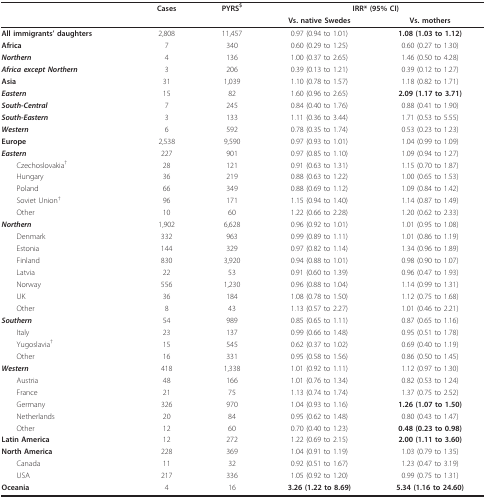
<table><thead><tr><td></td><td><b>Cases</b></td><td><b>PYRS<sup>$</sup></b></td><td colspan="2"><b>IRR* (95% CI)</b></td></tr><tr><td></td><td></td><td></td><td><b>Vs. native Swedes</b></td><td><b>Vs. mothers</b></td></tr></thead><tbody><tr><td><b>All immigrants&#x27; daughters</b></td><td>2,808</td><td>11,457</td><td>0.97 (0.94 to 1.01)</td><td><b>1.08 (1.03 to 1.12)</b></td></tr><tr><td><b>Africa</b></td><td>7</td><td>340</td><td>0.60 (0.29 to 1.25)</td><td>0.60 (0.27 to 1.30)</td></tr><tr><td><b><i>Northern </i></b></td><td>4</td><td>136</td><td>1.00 (0.37 to 2.65)</td><td>1.46 (0.50 to 4.28)</td></tr><tr><td><b><i>Africa except Northern</i></b></td><td>3</td><td>206</td><td>0.39 (0.13 to 1.21)</td><td>0.39 (0.12 to 1.27)</td></tr><tr><td><b>Asia</b></td><td>31</td><td>1,039</td><td>1.10 (0.78 to 1.57)</td><td>1.18 (0.82 to 1.71)</td></tr><tr><td><b><i>Eastern </i></b></td><td>15</td><td>82</td><td>1.60 (0.96 to 2.65)</td><td><b>2.09 (1.17 to 3.71)</b></td></tr><tr><td><b><i>South-Central </i></b></td><td>7</td><td>245</td><td>0.84 (0.40 to 1.76)</td><td>0.88 (0.41 to 1.90)</td></tr><tr><td><b><i>South-Eastern </i></b></td><td>3</td><td>133</td><td>1.11 (0.36 to 3.44)</td><td>1.71 (0.53 to 5.55)</td></tr><tr><td><b><i>Western </i></b></td><td>6</td><td>592</td><td>0.78 (0.35 to 1.74)</td><td>0.53 (0.23 to 1.23)</td></tr><tr><td><b>Europe</b></td><td>2,538</td><td>9,590</td><td>0.97 (0.93 to 1.01)</td><td>1.04 (0.99 to 1.09)</td></tr><tr><td><b><i>Eastern </i></b></td><td>227</td><td>901</td><td>0.97 (0.85 to 1.10)</td><td>1.09 (0.94 to 1.27)</td></tr><tr><td> Czechoslovakia<sup>†</sup></td><td>28</td><td>121</td><td>0.91 (0.63 to 1.31)</td><td>1.15 (0.70 to 1.87)</td></tr><tr><td> Hungary</td><td>36</td><td>219</td><td>0.88 (0.63 to 1.22)</td><td>1.00 (0.65 to 1.53)</td></tr><tr><td> Poland</td><td>66</td><td>349</td><td>0.88 (0.69 to 1.12)</td><td>1.09 (0.84 to 1.42)</td></tr><tr><td> Soviet Union<sup>†</sup></td><td>96</td><td>171</td><td>1.15 (0.94 to 1.40)</td><td>1.14 (0.87 to 1.49)</td></tr><tr><td> Other</td><td>10</td><td>60</td><td>1.22 (0.66 to 2.28)</td><td>1.20 (0.62 to 2.33)</td></tr><tr><td><b><i>Northern </i></b></td><td>1,902</td><td>6,628</td><td>0.96 (0.92 to 1.01)</td><td>1.01 (0.95 to 1.08)</td></tr><tr><td> Denmark</td><td>332</td><td>963</td><td>0.99 (0.89 to 1.11)</td><td>1.01 (0.86 to 1.19)</td></tr><tr><td> Estonia</td><td>144</td><td>329</td><td>0.97 (0.82 to 1.14)</td><td>1.34 (0.96 to 1.89)</td></tr><tr><td> Finland</td><td>830</td><td>3,920</td><td>0.94 (0.88 to 1.01)</td><td>0.98 (0.90 to 1.07)</td></tr><tr><td> Latvia</td><td>22</td><td>53</td><td>0.91 (0.60 to 1.39)</td><td>0.96 (0.47 to 1.93)</td></tr><tr><td> Norway</td><td>556</td><td>1,230</td><td>0.96 (0.88 to 1.04)</td><td>1.14 (0.99 to 1.31)</td></tr><tr><td> UK</td><td>36</td><td>184</td><td>1.08 (0.78 to 1.50)</td><td>1.12 (0.75 to 1.68)</td></tr><tr><td> Other</td><td>8</td><td>43</td><td>1.13 (0.57 to 2.27)</td><td>1.01 (0.46 to 2.21)</td></tr><tr><td><b><i>Southern </i></b></td><td>54</td><td>989</td><td>0.85 (0.65 to 1.11)</td><td>0.87 (0.65 to 1.16)</td></tr><tr><td> Italy</td><td>23</td><td>137</td><td>0.99 (0.66 to 1.48)</td><td>0.95 (0.51 to 1.78)</td></tr><tr><td> Yugoslavia<sup>†</sup></td><td>15</td><td>545</td><td>0.62 (0.37 to 1.02)</td><td>0.69 (0.40 to 1.19)</td></tr><tr><td> Other</td><td>16</td><td>331</td><td>0.95 (0.58 to 1.56)</td><td>0.86 (0.50 to 1.45)</td></tr><tr><td><b><i>Western </i></b></td><td>418</td><td>1,338</td><td>1.01 (0.92 to 1.11)</td><td>1.12 (0.97 to 1.30)</td></tr><tr><td> Austria</td><td>48</td><td>166</td><td>1.01 (0.76 to 1.34)</td><td>0.82 (0.53 to 1.24)</td></tr><tr><td> France</td><td>21</td><td>75</td><td>1.13 (0.74 to 1.74)</td><td>1.37 (0.75 to 2.52)</td></tr><tr><td> Germany</td><td>326</td><td>970</td><td>1.04 (0.93 to 1.16)</td><td><b>1.26 (1.07 to 1.50)</b></td></tr><tr><td> Netherlands</td><td>20</td><td>84</td><td>0.95 (0.62 to 1.48)</td><td>0.80 (0.43 to 1.47)</td></tr><tr><td> Other</td><td>12</td><td>60</td><td>0.70 (0.40 to 1.23)</td><td><b>0.48 (0.23 to 0.98)</b></td></tr><tr><td><b>Latin America</b></td><td>12</td><td>272</td><td>1.22 (0.69 to 2.15)</td><td><b>2.00 (1.11 to 3.60)</b></td></tr><tr><td><b>North America</b></td><td>228</td><td>369</td><td>1.04 (0.91 to 1.19)</td><td>1.03 (0.79 to 1.35)</td></tr><tr><td> Canada</td><td>11</td><td>32</td><td>0.92 (0.51 to 1.67)</td><td>1.23 (0.47 to 3.19)</td></tr><tr><td> USA</td><td>217</td><td>336</td><td>1.05 (0.92 to 1.20)</td><td>0.99 (0.75 to 1.31)</td></tr><tr><td><b>Oceania</b></td><td>4</td><td>16</td><td><b>3.26 (1.22 to 8.69)</b></td><td><b>5.34 (1.16 to 24.60)</b></td></tr></tbody></table>